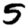
Digit: 5